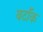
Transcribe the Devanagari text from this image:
बर्टॉक